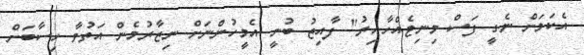
އެކަމަށް ނެގީ ފަސް މިނިޓެއްހާއިރު" ފާއިޒު ބުނީ އެމީހުންނަށް ނިޒާރުމެން އަތުވާ ހިސާބަށް